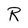
Character: R